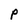
Character: p